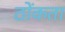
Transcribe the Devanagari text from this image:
ठोंकता